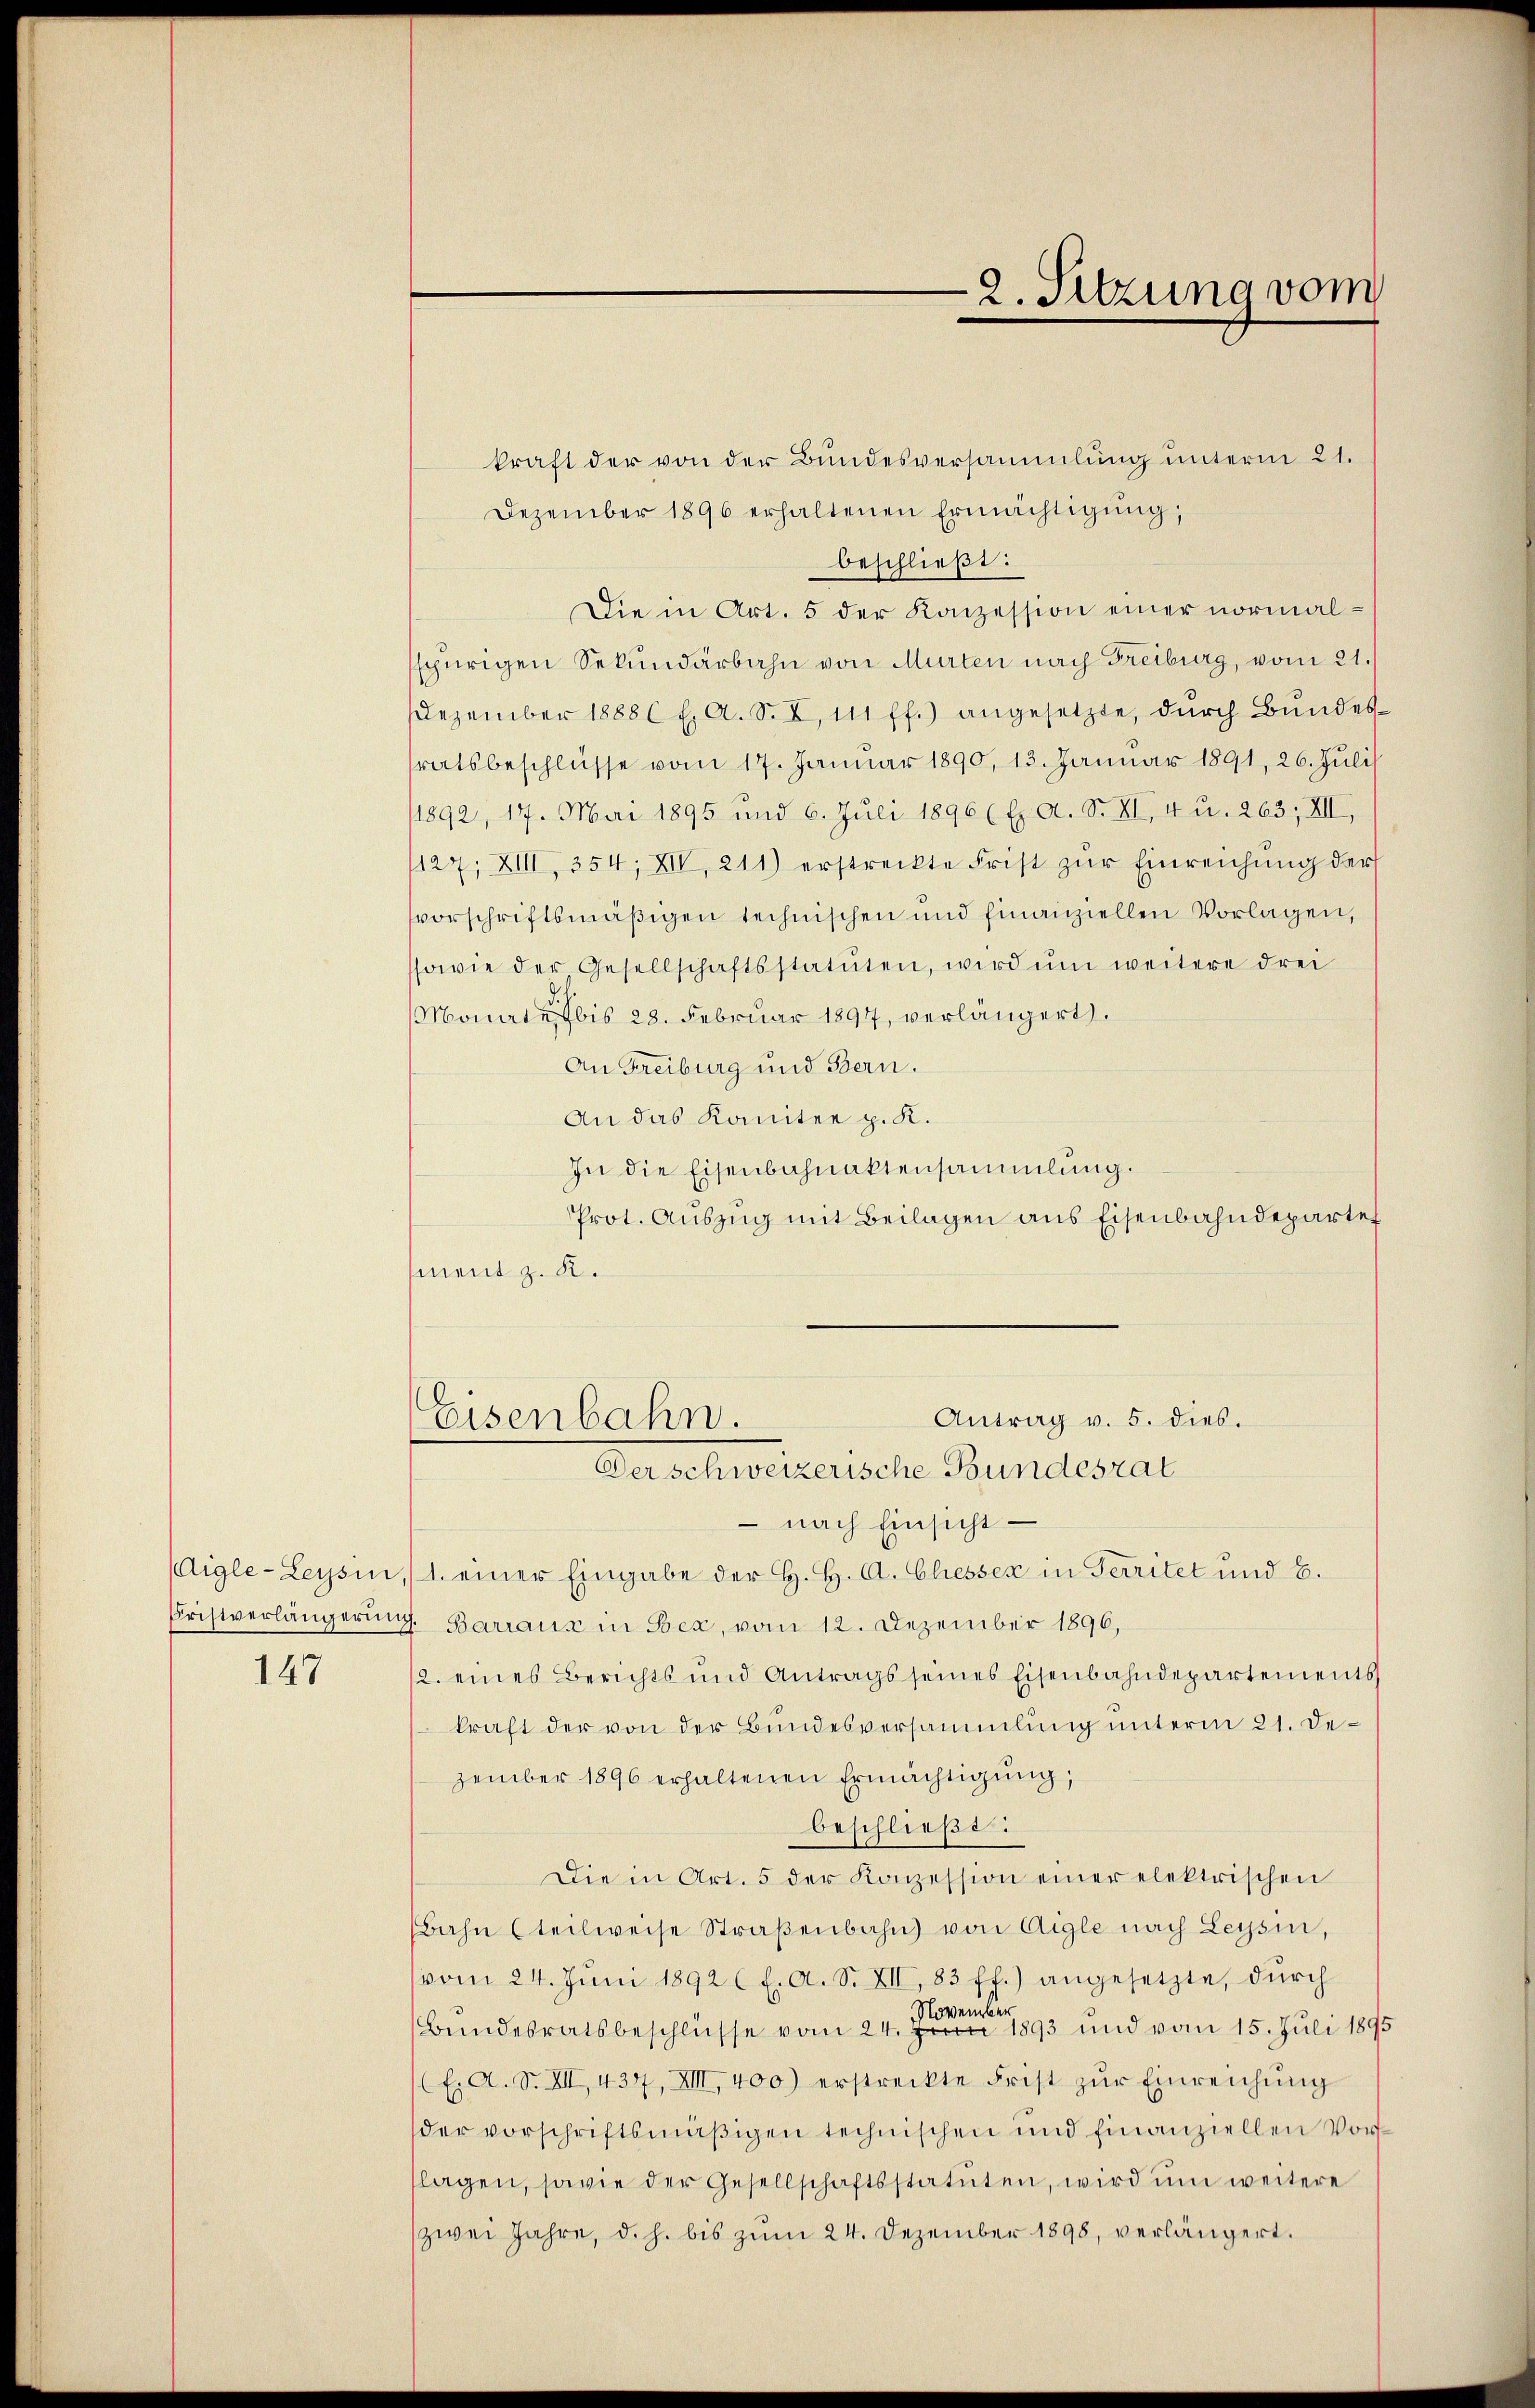
147

kraft der von der Bundesversammlung unterm 21.
Dezember 1896 erhaltenen Ermächtigŭng,
beschließt:
Die in Art. 5 der Konzession einer normalschürigen Sekundärbahn von Murten nach Freiburg, vom 21.
Dezember 18886 f. A. S. I,111 ff.) angesetzte, dŭrch Bŭndes-
ratsbeschlüsse vom 17. Januar 1890, 13. Januar 1891, 26. Juli
11892, 17. Mai 1895 und 6. Juli 1896 (E. A. S. XI, 4 u. 263, XII,
127; XIII, 354, XII, 211) erstreckte Frist zŭr Einreichung der
svorschriftsmäßigen technischen und finanziellen Vorlagen,
ssowie der Gesellschaftsstatuten, wird ŭm weitere drei
Monate bis 28. Februar 1897, verlängert
An Freiburg und Bern.
An das Komitee z. K.
In die Eisenbahnaktensammlung.
Prot. Auszug mit Beilagen aus Eisenbahndeparten
ment z. K.

Antrag v. 5. dies.
Eisenbahn.
Der schweizerische Bundesrat

2. Sitzung vom

nach Einsicht
Aigle-Leysin, 1. einer Eingabe der H. H. A. Chiesser in Territet und 6.
Fristverlängerung. Barraus in Bex, vom 12. Dezember 1896,
12. eines Berichts und Antrags seines Eisenbahndepartements
kraft der von der Bundesversammlung unterm 21. Dezember 1896 erhaltenen Ermächtigŭng,
beschließt:
Die in Art. 5 der Konzession einer elektrischen
Bahn (teilweise Straßenbahn von Aigle nach Leysin,
vom 24. Jŭni 1892 f. A. S. XII, 83 ff.) angesetzte, dŭrch
Bundesratsbeschlüsse vom 24. Juni 1893 und vom 15. Juli 1895
E: A. S. XIII 437, XIII, 400) erstreckte Frist zŭr Einreichŭng
der vorschriftsmäßigen technischen und finanziellen Vorlagen, sowie der Gesellschaftsstatuten, wird um weitere
zwei Jahre, d. h. bis zum 24. Dezember 1898, verlängert.